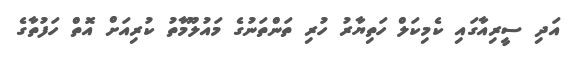
އަދި ސީރިއާގައި ކެމިކަލް ހަތިޔާރު ހުރި ތަންތަނުގެ މައުލޫމާތު ކުރިއަށް އޮތް ހަފުތާގެ